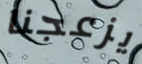
يزعجنا